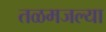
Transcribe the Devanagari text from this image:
तळमजल्या